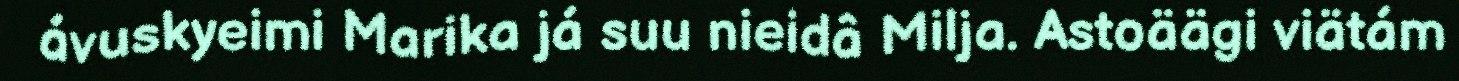
ávuskyeimi Marika já suu nieidâ Milja. Astoäägi viätám